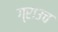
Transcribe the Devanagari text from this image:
ग्राउच